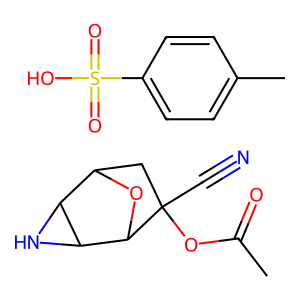
SMILES: CC(=O)OC1(C#N)CC2OC1C1NC21.Cc1ccc(S(=O)(=O)O)cc1
Inhibits HIV replication: No